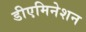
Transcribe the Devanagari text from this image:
डीएमिनेशन